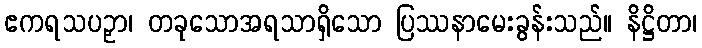
ဧကရသပဉှာ၊ တခုသောအရသာရှိသော ပြဿနာမေးခွန်းသည်။ နိဋ္ဌိတာ၊